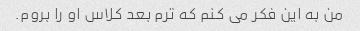
من به این فکر می کنم که ترم بعد کلاس او را بروم.